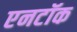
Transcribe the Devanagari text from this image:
एनटॉक